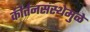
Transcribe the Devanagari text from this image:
कीर्तनसंस्थेमुळे